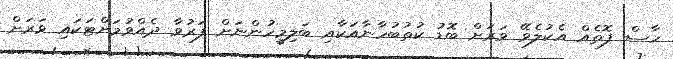
ހާސް ފޮތެއް އެކުލެވޭ ވަރަށް ބޮޑު ކުތުބުހާނާއަކާއި ބަލިމީހުންނަށް ފަރުވާ ދެއްވުމަށްޓަކައި ވަރަށް